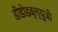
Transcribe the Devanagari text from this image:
डीडीडब्ल्यूजी